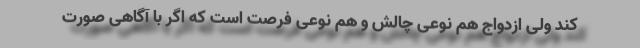
کند ولی ازدواج هم نوعی چالش و هم نوعی فرصت است که اگر با آگاهی صورت